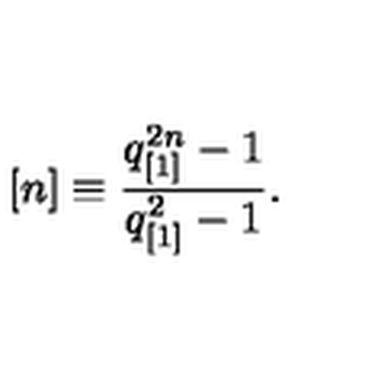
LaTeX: [ n ] \equiv \frac { q _ { [ 1 ] } ^ { 2 n } - 1 } { q _ { [ 1 ] } ^ { 2 } - 1 } .